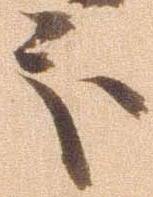
処